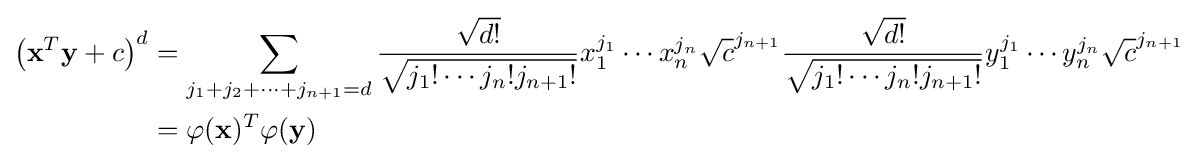
{\begin{alignedat}{2}\left(\mathbf {x} ^{T}\mathbf {y} +c\right)^{d}&=\sum _{j_{1}+j_{2}+\dots +j_{n+1}=d}{\frac {\sqrt {d!}}{\sqrt {j_{1}!\cdots j_{n}!j_{n+1}!}}}x_{1}^{j_{1}}\cdots x_{n}^{j_{n}}{\sqrt {c}}^{j_{n+1}}{\frac {\sqrt {d!}}{\sqrt {j_{1}!\cdots j_{n}!j_{n+1}!}}}y_{1}^{j_{1}}\cdots y_{n}^{j_{n}}{\sqrt {c}}^{j_{n+1}}\\&=\varphi (\mathbf {x} )^{T}\varphi (\mathbf {y} )\end{alignedat}}